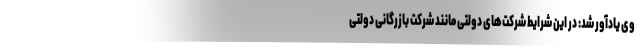
وی یادآور شد: در این شرایط شرکت‌های دولتی مانند شرکت بازرگانی دولتی